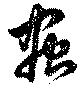
虫